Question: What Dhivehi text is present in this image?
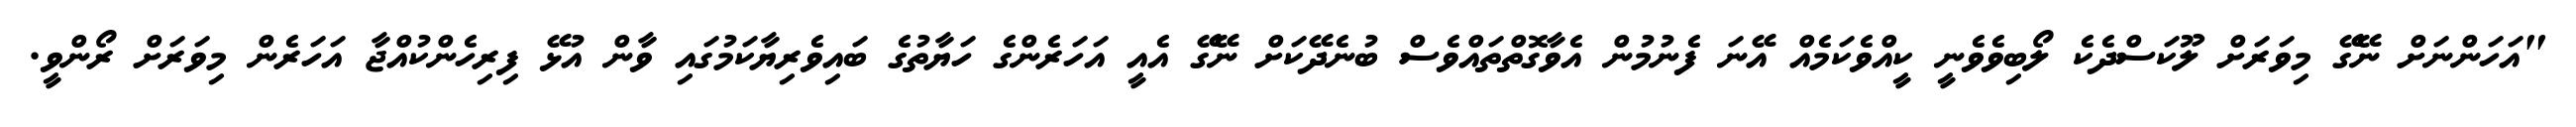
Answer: "އަހަންނަށް ނޭގޭ މިވަރަށް ލޫކަސްދެކެ ލޯބިވެވެނީ ކީއްވެކަމެއް އޭނަ ފެނުމުން އެވާގޮތްތައްވެސް ބުނެދޭކަށް ނޭގޭ އެއީ އަހަރެންގެ ހަޔާތުގެ ބައިވެރިޔާކަމުގައި ވާން އުޅޭ ފިރިހެންކުއްޖާ އަހަރެން މިވަރަށް ރޯންވީ.